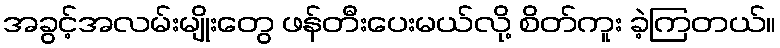
အခွင့်အလမ်းမျိုးတွေ ဖန်တီးပေးမယ်လို့ စိတ်ကူး ခဲ့ကြတယ်။